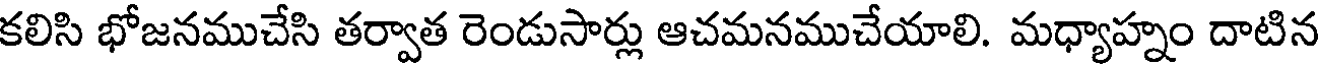
కలిసి భోజనముచేసి తర్వాత రెండుసార్లు ఆచమనముచేయాలి. మధ్యాహ్నం దాటిన